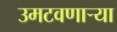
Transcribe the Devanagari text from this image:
उमटवणाऱ्या